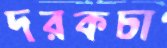
দরকচা